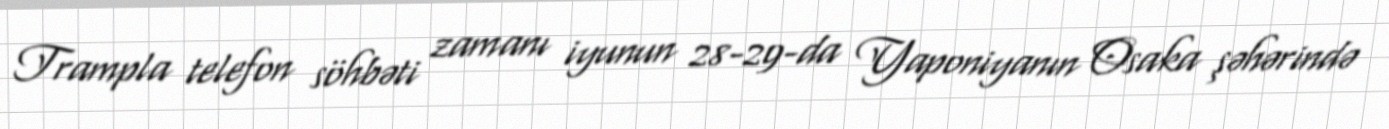
Trampla telefon söhbəti zamanı iyunun 28-29-da Yaponiyanın Osaka şəhərində